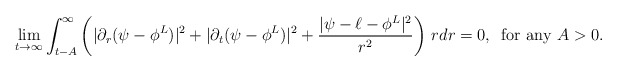
\begin{align*}\lim_{t\to\infty}\int_{t-A}^{\infty}\left(|\partial_r(\psi-\phi^L)|^2+|\partial_t(\psi-\phi^L)|^2+\frac{|\psi-\ell-\phi^L|^2}{r^2}\right)\,rdr=0,\,\,\,{\rm for\,\,any\,\,}A>0.\end{align*}